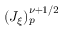
( J _ { \xi } ) _ { p } ^ { \nu + 1 / 2 }